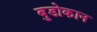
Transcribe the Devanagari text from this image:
बुडोकान